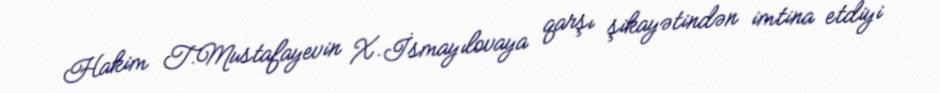
Hakim T.Mustafayevin X.İsmayılovaya qarşı şikayətindən imtina etdiyi